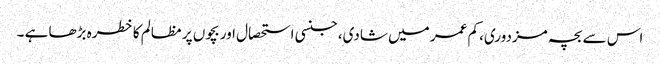
اس سے بچہ مزدوری، کم عمر میں شادی، جنسی استحصال اور بچوں پر مظالم کا خطرہ بڑھا ہے ۔